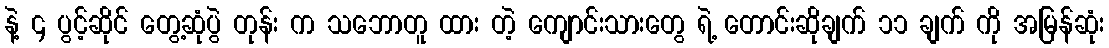
နဲ့ ၄ ပွင့်ဆိုင် တွေ့ဆုံပွဲ တုန်း က သဘောတူ ထား တဲ့ ကျောင်းသားတွေ ရဲ့ တောင်းဆိုချက် ၁၁ ချက် ကို အမြန်ဆုံး